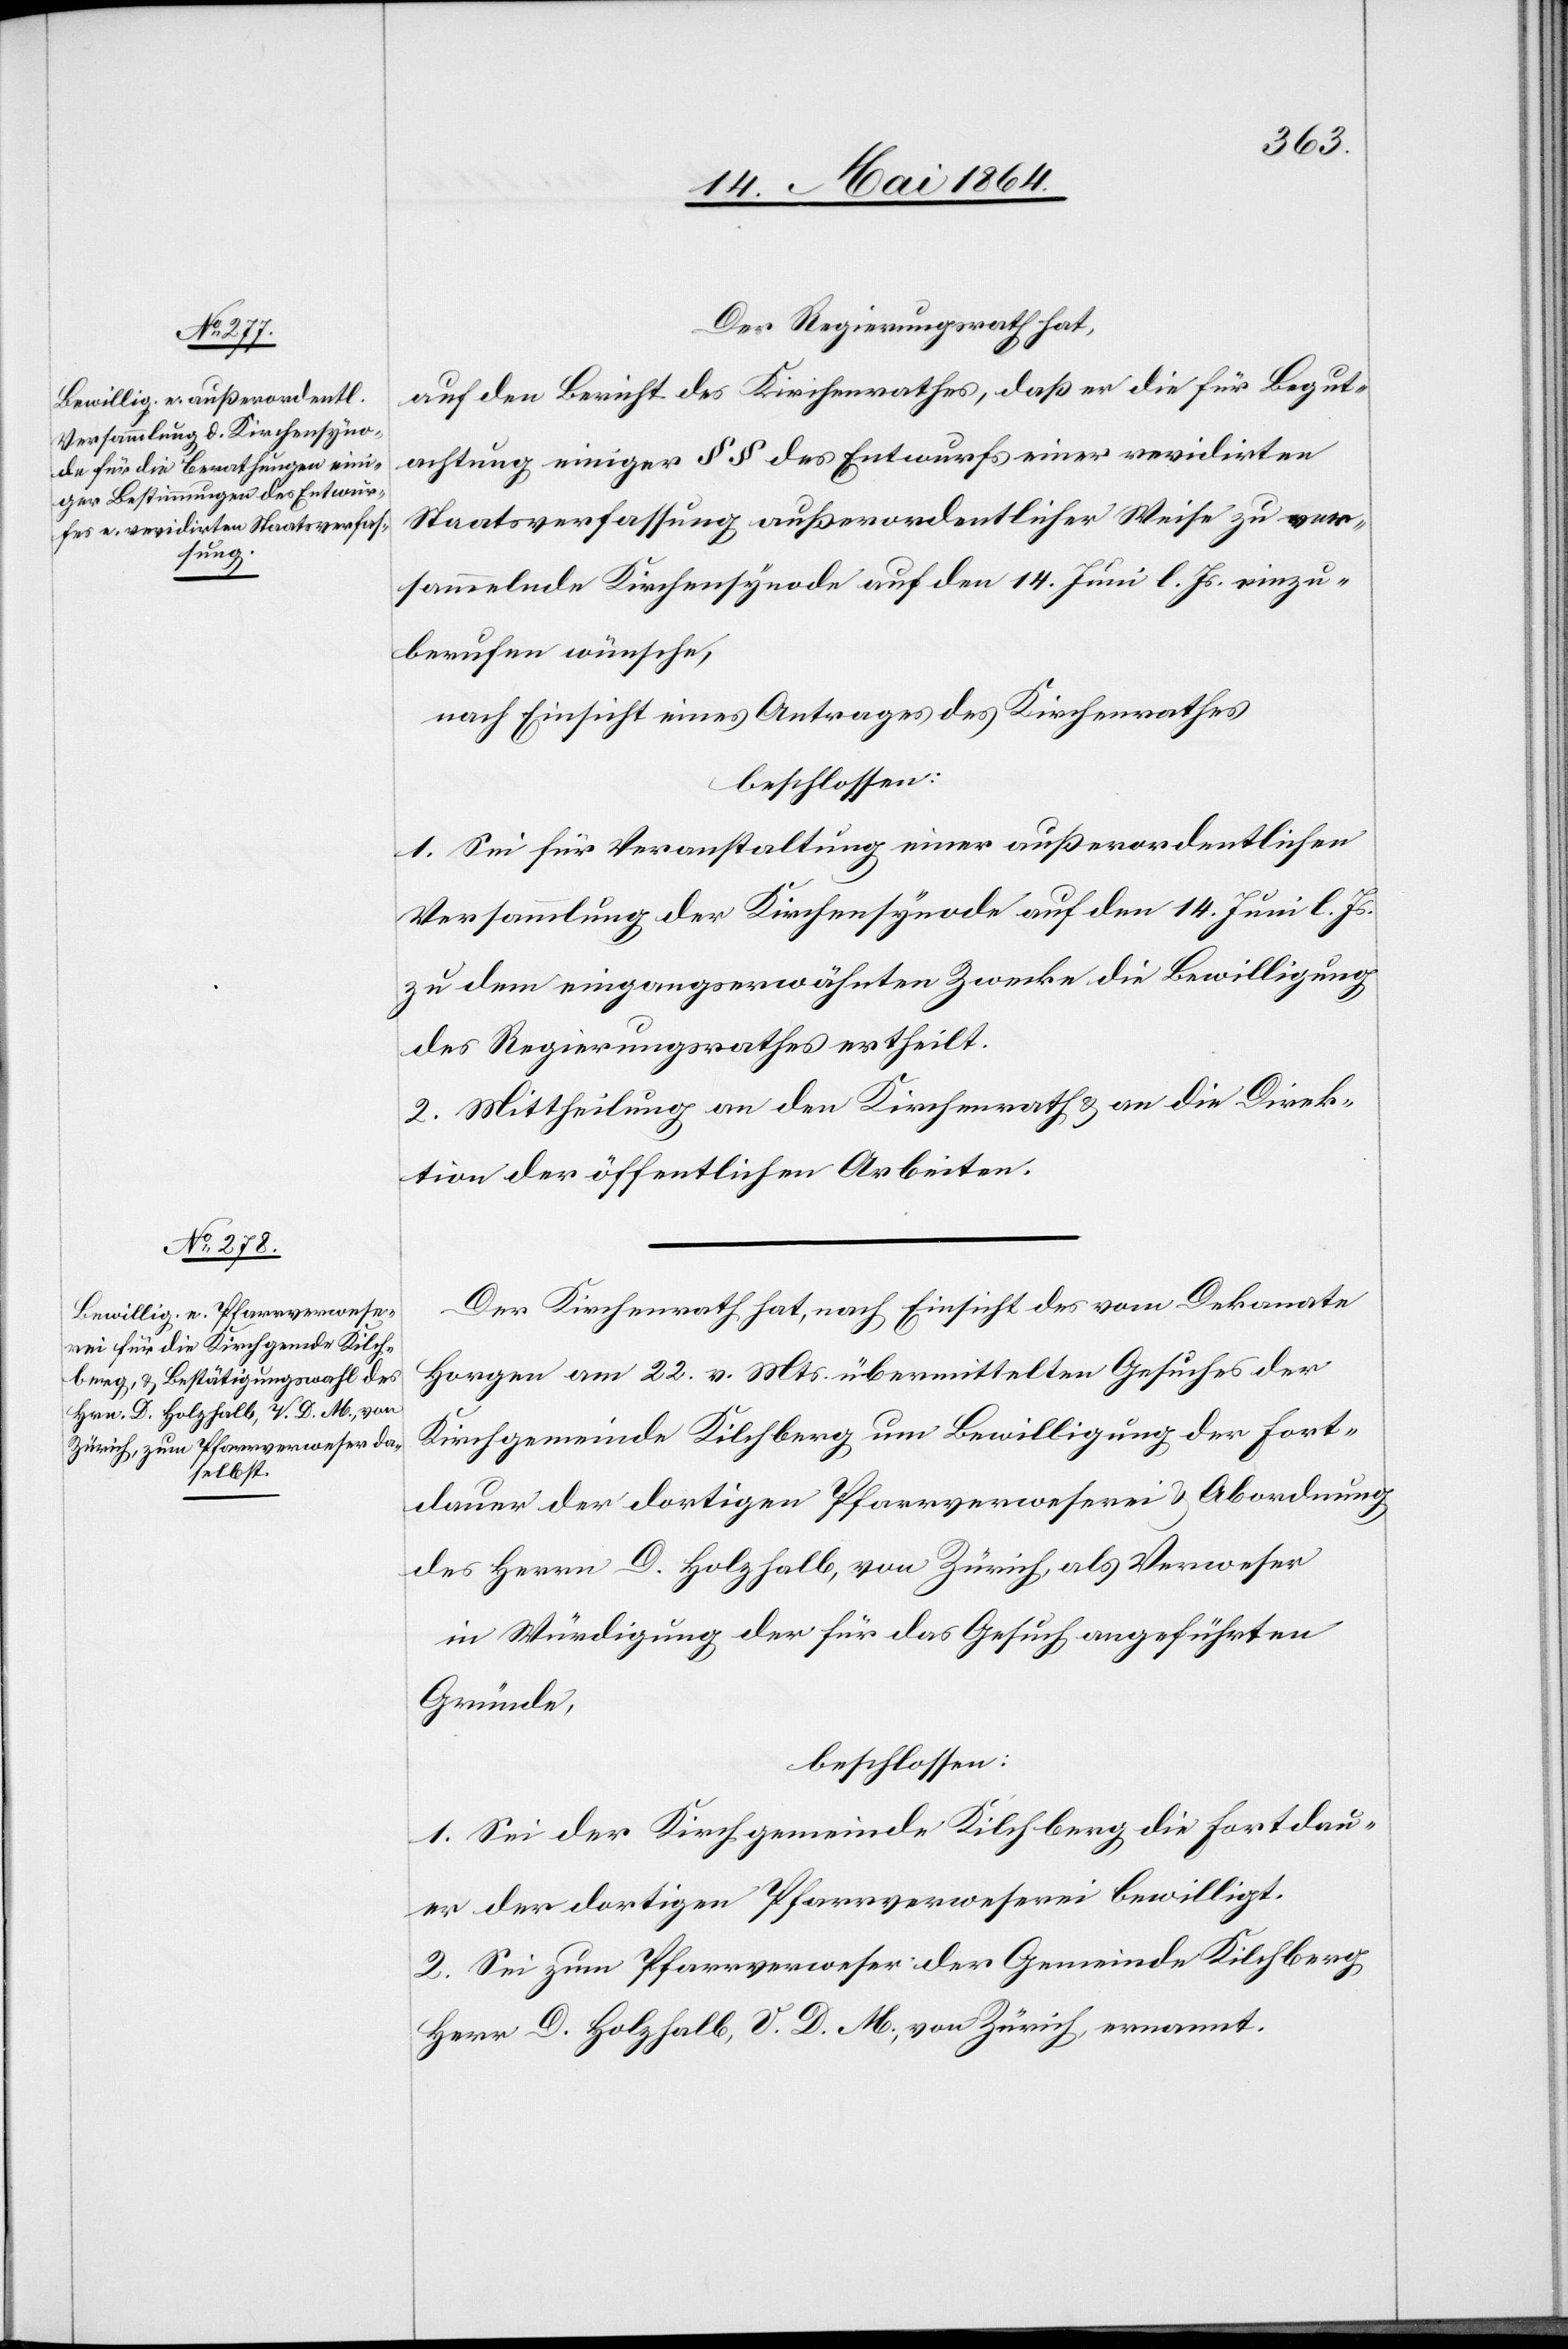
Der Regierungsrath hat,
auf den Bericht des Kirchenrathes, daß er die für Begut¬
achtung einiger §§ des Entwurfs einer revidirten
Staatsverfassung außerordentlicher Weise zu ver¬
sammelnde Kirchensynode auf den 14. Juni l. Js. einzu¬
berufen wünsche,
nach Einsicht eines Antrages des Kirchenrathes
beschlossen:
1. Sei für Veranstaltung einer außerordentlichen
Versammlung der Kirchensynode auf den 14. Juni l. Js.
zu dem eingangserwähnten Zwecke die Bewilligung
des Regierungsrathes ertheilt.
2. Mittheilung an den Kirchenrath u. an die Direk¬
tion der öffentlichen Arbeiten.
Der Kirchenrath hat, nach Einsicht des vom Dekanate
Horgen am 22. v. Mts. übermittelten Gesuches der
Kirchgemeinde Kilchberg um Bewilligung der Fort¬
dauer der dortigen Pfarrverweserei u. Abordnung
des Herrn D. Holzhalb, von Zürich, als Verweser
in Würdigung der für das Gesuch angeführten
Gründe,
beschlossen:
1. Sei der Kirchgemeinde Kilchberg die Fortdau¬
er der dortigen Pfarrverweserei bewilligt.
2. Sei zum Pfarrverweser der Gemeinde Kilchberg
Herr D. Holzhalb, V. D. M., von Zürich, ernannt.